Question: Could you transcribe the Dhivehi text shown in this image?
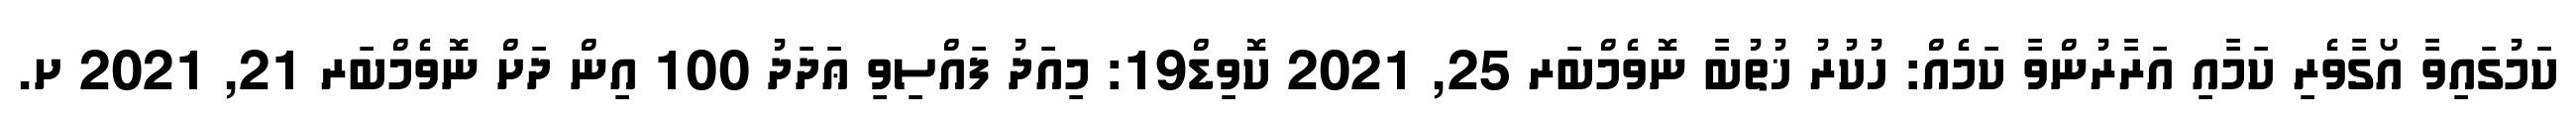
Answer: ކަމުގައިވާ އޯގާވެރި ކަމާއި އަރާރުންވާ ކަމެއް: ހުކުރު ޚުތުބާ ނޮވެމްބަރ 25, 2021 ކޮވިޑް19: މިއަދު ފައްސިވި ޢަދަދު 100 އިން ދަށް ނޮވެމްބަރ 21, 2021 ށ.